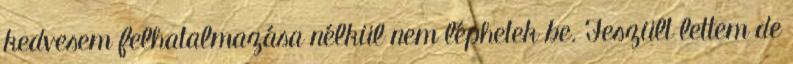
kedvesem felhatalmazása nélkül nem léphetek be. Feszült lettem de